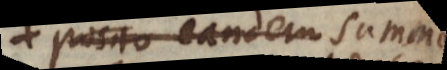
posito eandem summam